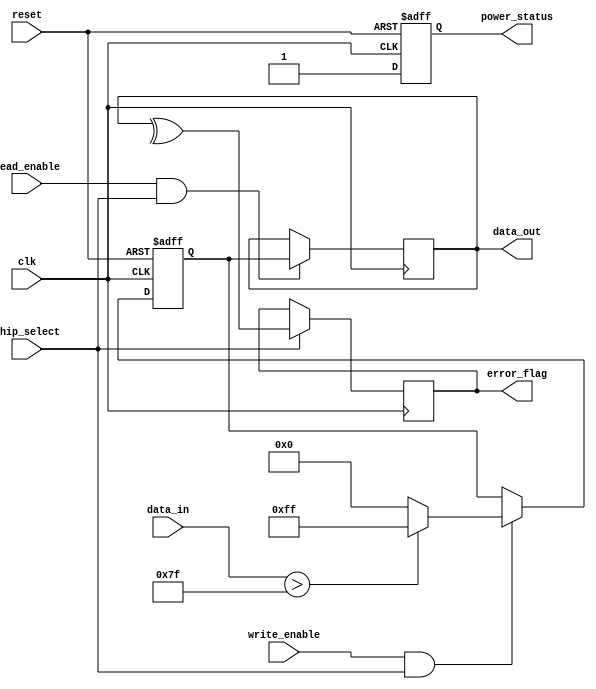
module FeRAM_IO_Block (
    input wire clk,
    input wire reset,
    input wire [7:0] data_in,
    output reg [7:0] data_out,
    input wire read_enable,
    input wire write_enable,
    input wire chip_select,
    output reg error_flag,
    output reg power_status
);

    // Internal signals
    reg [7:0] data_latch;
    wire [7:0] read_data;
    wire [7:0] write_data;
    wire read_ready, write_ready;

    // Input Buffer with Schmitt Trigger and Level Shifting
    function [7:0] input_buffer(input [7:0] data);
        begin
            // Schmitt trigger logic (simple representation)
            input_buffer = (data > 8'h7F) ? 8'hFF : 8'h00; // Level shifting example
        end
    endfunction

    // Output Buffer
    function [7:0] output_buffer(input [7:0] data);
        begin
            // Drive data to external devices
            output_buffer = data;
        end
    endfunction

    // Data Latch
    always @(posedge clk or posedge reset) begin
        if (reset) begin
            data_latch <= 8'b0;
        end else if (write_enable && chip_select) begin
            data_latch <= input_buffer(data_in);
        end
    end

    // Read Operation
    always @(posedge clk) begin
        if (read_enable && chip_select) begin
            data_out <= output_buffer(read_data);
        end
    end

    // Write Driver
    always @(posedge clk) begin
        if (write_enable && chip_select) begin
            // Drive write signals to memory cells
            write_data <= data_latch;
            // Assume write operation is successful
        end
    end

    // Read Sensing Circuit
    assign read_data = data_latch; // For simulation, assume read data is from data latch

    // Error Detection and Correction (EDAC)
    always @(posedge clk) begin
        if (chip_select) begin
            // Simple parity check for error detection
            error_flag <= (^data_out) ^ 1'b0; // Example: parity bit
        end
    end

    // Power Management
    always @(posedge clk or posedge reset) begin
        if (reset) begin
            power_status <= 1'b0; // Low power state
        end else begin
            power_status <= 1'b1; // Active state
        end
    end

endmodule